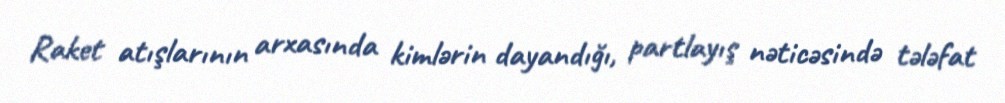
Raket atışlarının arxasında kimlərin dayandığı, partlayış nəticəsində tələfat